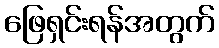
ဖြေရှင်းရန်အတွက်